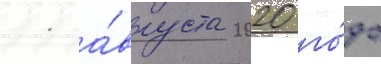
11 а́вгуста 2020 го́да